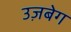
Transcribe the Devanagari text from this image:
उज़बेग